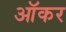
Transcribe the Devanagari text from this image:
ऑकर